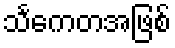
သင်္ကေတအဖြစ်